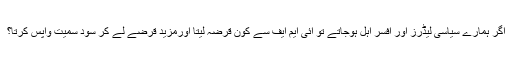
اگر ہمارے سیاسی لیڈرز اور افسر اہل ہوجاتے تو آئی ایم ایف سے کون قرضہ لیتا اورمزید قرضے لے کر سود سمیت واپس کرتا؟